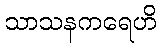
သာသနကရေဟိ